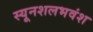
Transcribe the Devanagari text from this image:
स्यूनशलभवंश